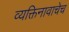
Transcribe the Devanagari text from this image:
व्यक्तिनावाचेच